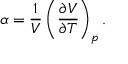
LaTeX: \alpha = { \frac { 1 } { V } } \left( { \frac { \partial V } { \partial T } } \right) _ { p } .